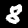
Digit: 8